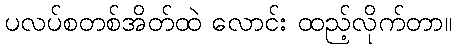
ပလပ်စတစ်အိတ်ထဲ လောင်း ထည့်လိုက်တာ။